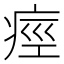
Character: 痙